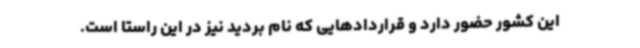
این کشور حضور دارد و قراردادهایی که نام بردید نیز در این راستا است.